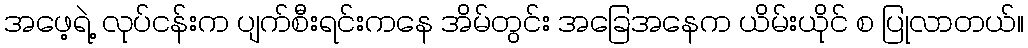
အဖေ့ရဲ့ လုပ်ငန်းက ပျက်စီးရင်းကနေ အိမ်တွင်း အခြေအနေက ယိမ်းယိုင် စ ပြုလာတယ်။